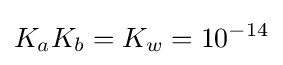
K_{a}K_{b}=K_{w}=10^{-14}